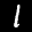
Label: 1